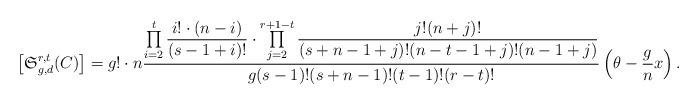
LaTeX: \begin{align*}\left[\mathfrak{S}^{r,t}_{g,d} (C)\right] = g! \cdot n \frac{\prod\limits_{i=2}^t \dfrac{i! \cdot (n-i)}{(s-1+i)!} \cdot \prod\limits_{j=2}^{r+1-t} \dfrac{j! (n+j)!}{(s+n-1+j)! (n-t-1+j)!(n-1+j)}} {g(s-1)!(s+n-1)!(t-1)!(r-t)!} \left(\theta -\frac{g}{n} x \right).\end{align*}